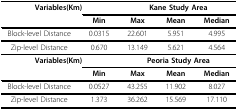
<table><thead><tr><td colspan="2"><b>Variables(Km)</b></td><td colspan="3"><b>Kane Study Area</b></td></tr><tr><td></td><td><b>Min</b></td><td><b>Max</b></td><td><b>Mean</b></td><td><b>Median</b></td></tr></thead><tbody><tr><td>Block-level Distance</td><td>0.0315</td><td>22.601</td><td>5.951</td><td>4.995</td></tr><tr><td>Zip-level Distance</td><td>0.670</td><td>13.149</td><td>5.621</td><td>4.564</td></tr><tr><td colspan="2"><b>Variables(Km)</b></td><td colspan="3"><b>Peoria Study Area</b></td></tr><tr><td></td><td><b>Min</b></td><td><b>Max</b></td><td><b>Mean</b></td><td><b>Median</b></td></tr><tr><td>Block-level Distance</td><td>0.0527</td><td>43.255</td><td>11.902</td><td>8.027</td></tr><tr><td>Zip-level Distance</td><td>1.373</td><td>36.262</td><td>15.569</td><td>17.110</td></tr></tbody></table>